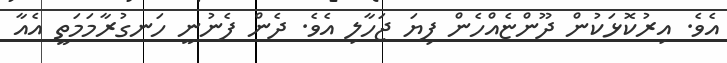
އެވެ. އިރުކޮޅަކުން ދޫންޏެއްހެން ފިޔަ ޖަހާލި އެވެ. ދެން ފެނުނީ ހަނގުރާމަމަތީ އެއާ